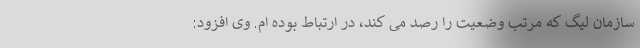
سازمان لیگ که مرتب وضعیت را رصد می کند، در ارتباط بوده ام. وی افزود: